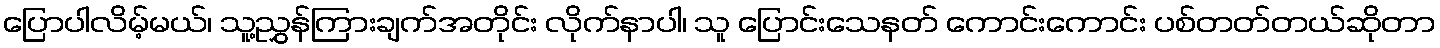
ပြောပါလိမ့်မယ်၊ သူ့ညွှန်ကြားချက်အတိုင်း လိုက်နာပါ၊ သူ ပြောင်းသေနတ် ကောင်းကောင်း ပစ်တတ်တယ်ဆိုတာ